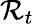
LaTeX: \mathcal{R}_{t}